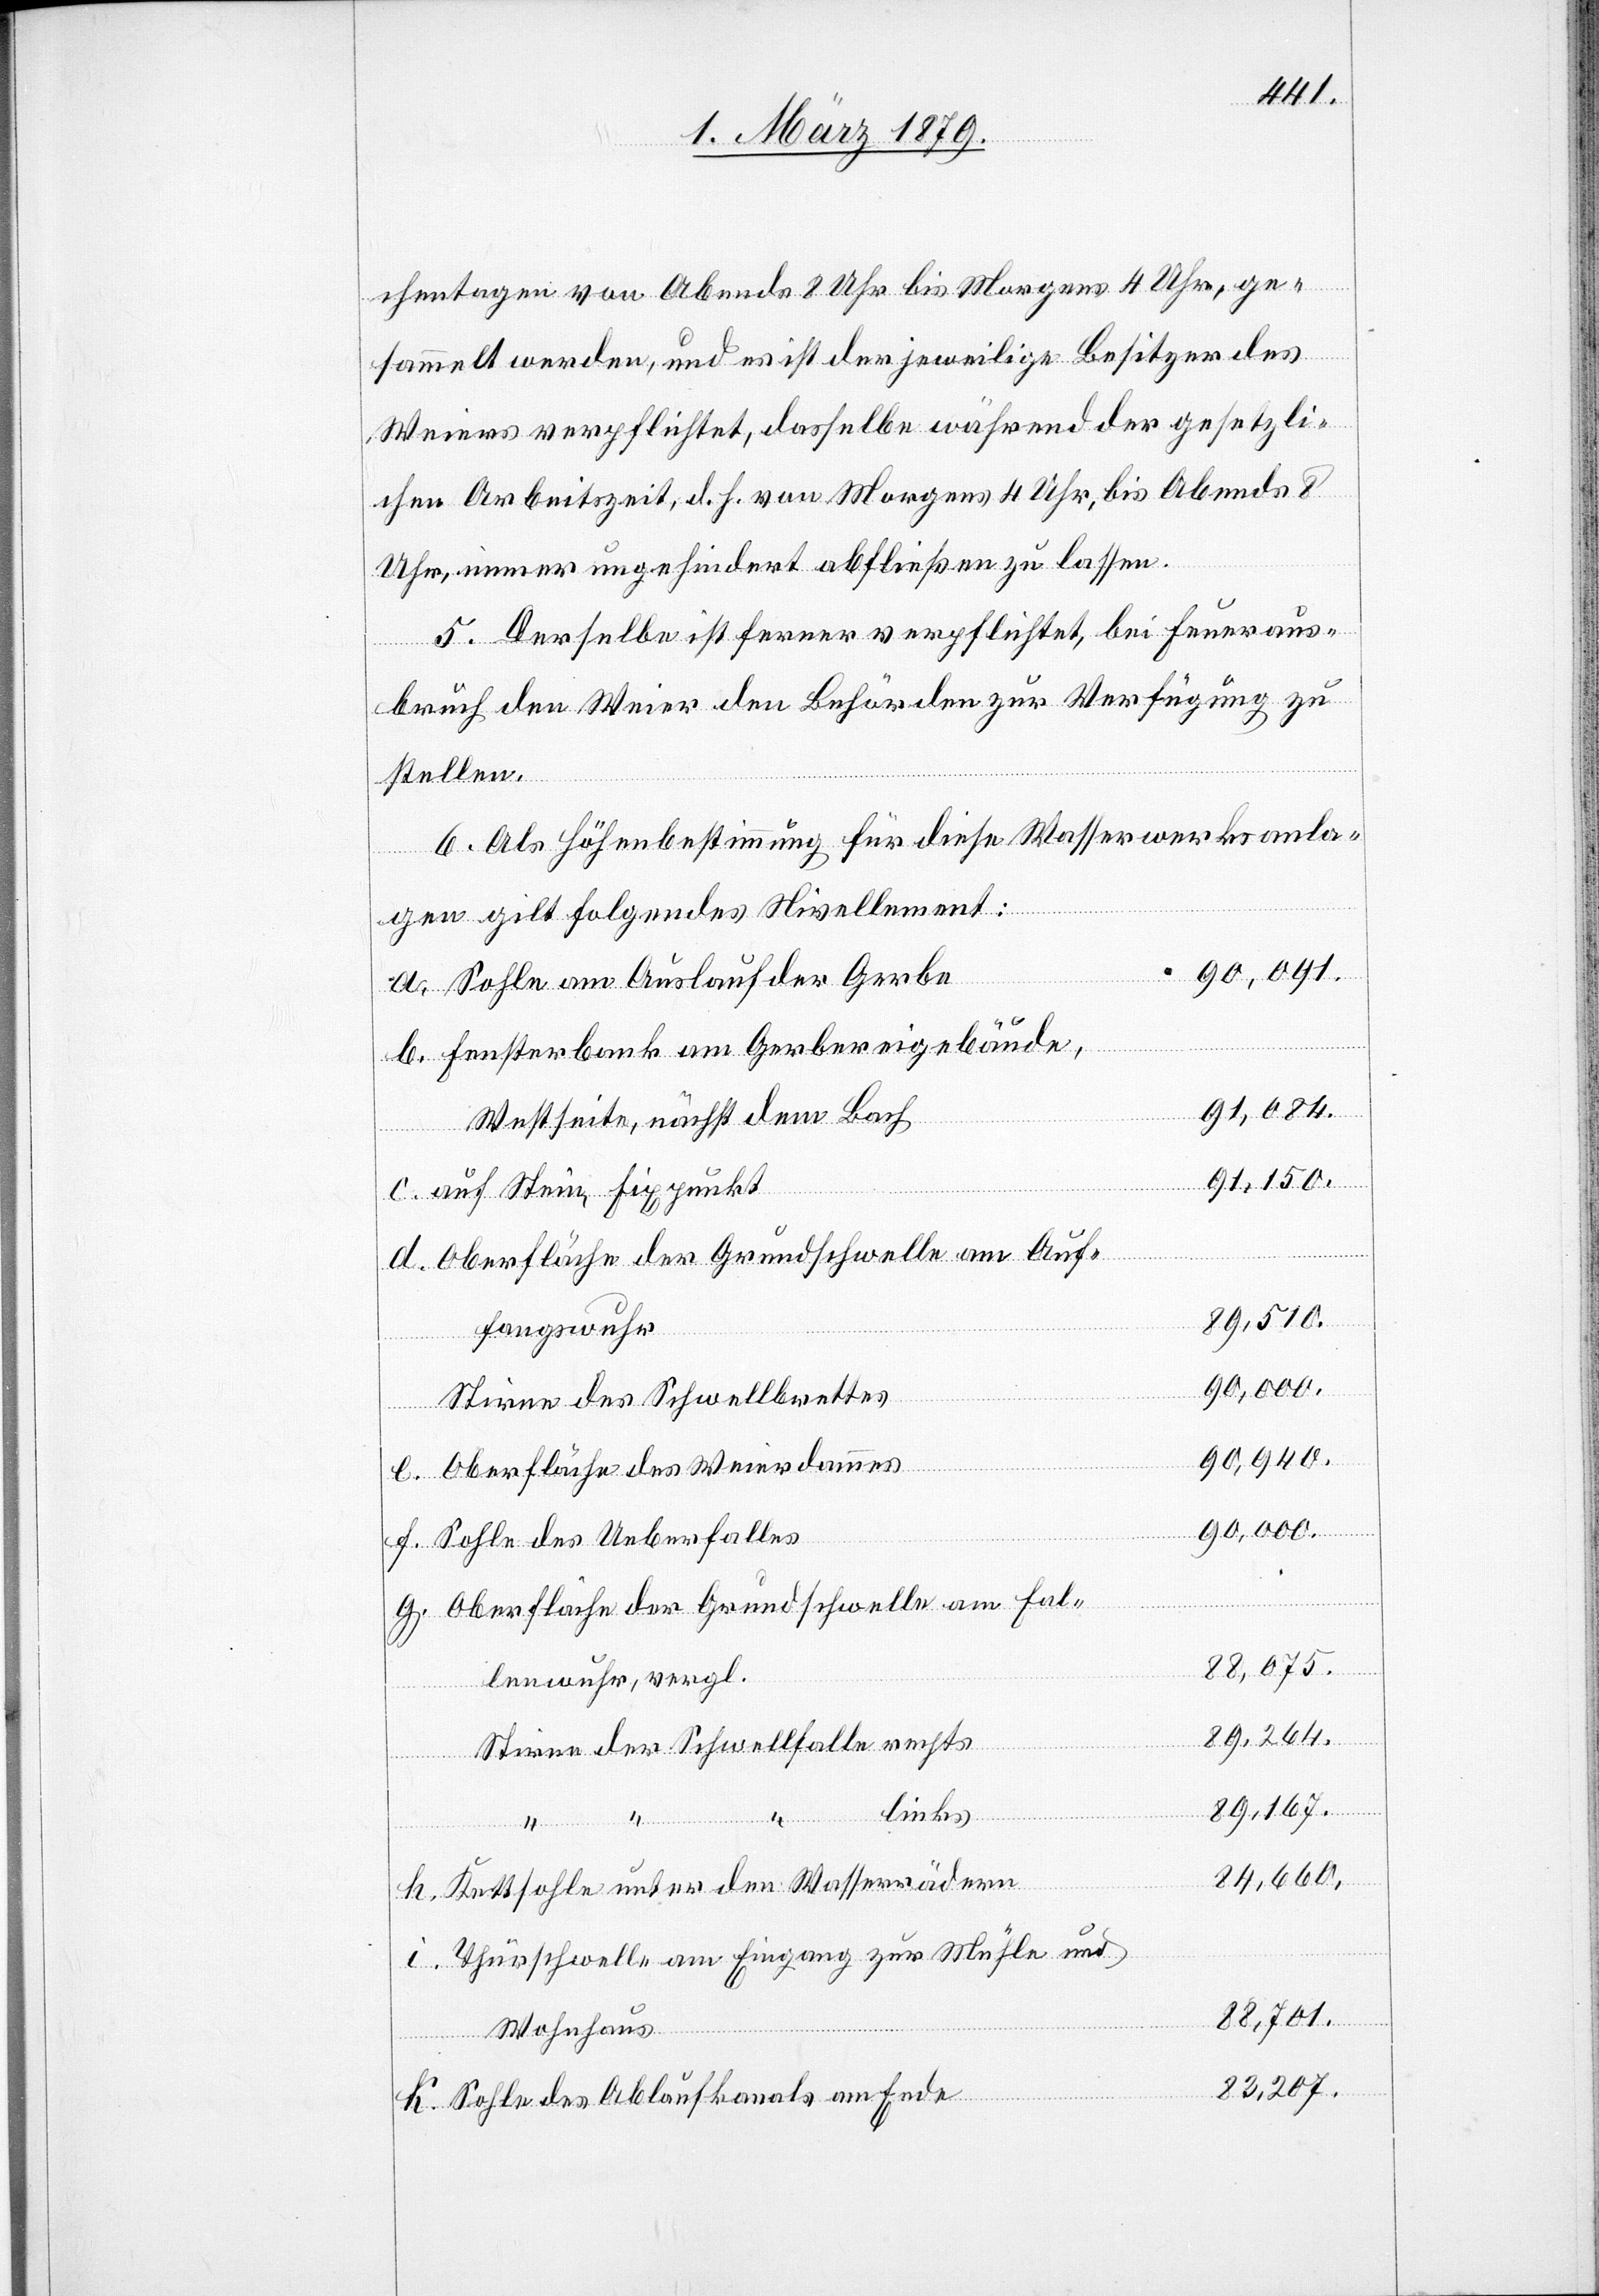
chentagen von Abends 8 Uhr bis Morgens 4 Uhr, ge¬
sammelt werden, und es ist der jeweilige Besitzer des
Weiers verpflichtet, dasselbe während der gesetzli¬
chen Arbeitszeit, d. h. von Morgens 4 Uhr, bis Abends 8
Uhr, immer ungehindert abfließen zu lassen.
5. Derselbe ist ferner verpflichtet, bei Feueraus¬
bruch den Weier den Behörden zur Verfügung zu
stellen.
6. Als Höhenbestimmung für diese Wasserwerkanla¬
gen gilt folgendes Nivellement:
90,091.
a. Sohle am Auslauf der Gerbe
b. Fensterbank am Gerbereigebäude,
91,084.
Westseite, nächst dem Bach
91,150.
c. auf Stein, Fixpunkt
d. Oberfläche der Grundschwelle am Auf¬
89,510.
fangswuhr
90,000.
Stirne des Schwellbrettes
90,940.
e. Oberfläche des Weierdammes
f. Sohle des Ueberfalles
g. Oberfläche der Grundschwelle am Fal¬
88,075.
lenwuhr, vergl.
89,264.
“
Stirne der Schwellfalle rechts
89,167.
links
84,660.
h. Kettsohle unter den Wasserrädern
i. Thürschwelle am Eingang zur Mühle und
88,701.
Wohnhaus
82,207.
k. Sohle des Ablaufkanals am Ende